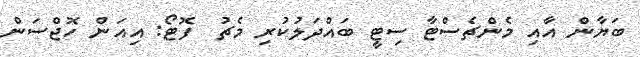
ބަޔާން އާއި މެންޗެސްޓާ ސިޓީ ބައްދަލުކުރި މެޗު  ފޮޓޯ: އިއަން ހޮޖްސަން